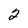
Character: 2